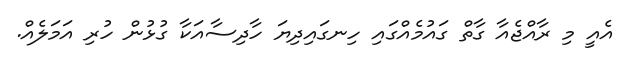
އެއީ މި ރާއްޖެއާ ގާތް ގައުމެއްގައި ހިނގައިދިޔަ ހާދިސާއަކާ ގުޅުން ހުރި އަމަލެއް.